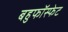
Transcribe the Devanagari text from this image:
बहुफॉस्फेट